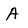
Character: A